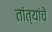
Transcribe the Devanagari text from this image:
तांत्यांचे